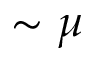
\sim \mu